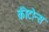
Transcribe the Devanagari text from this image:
कीटोन्स